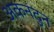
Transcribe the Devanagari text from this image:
अकनंदुन